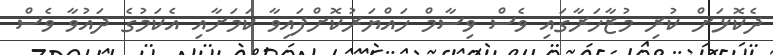
ދެކޮޅަށް ކުރި މުޒާހަރާގައި ވެސް ވިސާމް ހައްޔަރުކޮށްފައިވާ ކަމަށާއި އެކަމުގެ ދައުވާ ވެސް